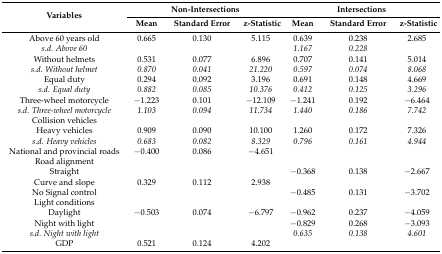
<table><thead><tr><td rowspan="2"><b>Variables</b></td><td colspan="3"><b>Non-Intersections</b></td><td colspan="3"><b>Intersections</b></td></tr><tr><td><b>Mean</b></td><td><b>Standard Error</b></td><td><b>z-Statistic</b></td><td><b>Mean</b></td><td><b>Standard Error</b></td><td><b>z-Statistic</b></td></tr></thead><tbody><tr><td>Above 60 years old</td><td>0.665</td><td>0.130</td><td>5.115</td><td>0.639</td><td>0.238</td><td>2.685</td></tr><tr><td><i>s.d. Above 60</i></td><td></td><td></td><td></td><td><i>1.167</i></td><td><i>0.228</i></td><td></td></tr><tr><td>Without helmets</td><td>0.531</td><td>0.077</td><td>6.896</td><td>0.707</td><td>0.141</td><td>5.014</td></tr><tr><td><i>s.d. Without helmet</i></td><td><i>0.870</i></td><td><i>0.041</i></td><td><i>21.220</i></td><td><i>0.597</i></td><td><i>0.074</i></td><td><i>8.068</i></td></tr><tr><td>Equal duty</td><td>0.294</td><td>0.092</td><td>3.196</td><td>0.691</td><td>0.148</td><td>4.669</td></tr><tr><td><i>s.d. Equal duty</i></td><td><i>0.882</i></td><td><i>0.085</i></td><td><i>10.376</i></td><td><i>0.412</i></td><td><i>0.125</i></td><td><i>3.296</i></td></tr><tr><td>Three-wheel motorcycle</td><td>−1.223</td><td>0.101</td><td>−12.109</td><td>−1.241</td><td>0.192</td><td>−6.464</td></tr><tr><td><i>s.d. Three-wheel motorcycle</i></td><td><i>1.103</i></td><td><i>0.094</i></td><td><i>11.734</i></td><td><i>1.440</i></td><td><i>0.186</i></td><td><i>7.742</i></td></tr><tr><td>Collision vehicles</td><td></td><td></td><td></td><td></td><td></td><td></td></tr><tr><td>Heavy vehicles</td><td>0.909</td><td>0.090</td><td>10.100</td><td>1.260</td><td>0.172</td><td>7.326</td></tr><tr><td><i>s.d. Heavy vehicles</i></td><td><i>0.683</i></td><td><i>0.082</i></td><td><i>8.329</i></td><td><i>0.796</i></td><td><i>0.161</i></td><td><i>4.944</i></td></tr><tr><td>National and provincial roads</td><td>−0.400</td><td>0.086</td><td>−4.651</td><td></td><td></td><td></td></tr><tr><td>Road alignment</td><td></td><td></td><td></td><td></td><td></td><td></td></tr><tr><td>Straight</td><td></td><td></td><td></td><td>−0.368</td><td>0.138</td><td>−2.667</td></tr><tr><td>Curve and slope</td><td>0.329</td><td>0.112</td><td>2.938</td><td></td><td></td><td></td></tr><tr><td>No Signal control</td><td></td><td></td><td></td><td>−0.485</td><td>0.131</td><td>−3.702</td></tr><tr><td>Light conditions</td><td></td><td></td><td></td><td></td><td></td><td></td></tr><tr><td>Daylight</td><td>−0.503</td><td>0.074</td><td>−6.797</td><td>−0.962</td><td>0.237</td><td>−4.059</td></tr><tr><td>Night with light</td><td></td><td></td><td></td><td>−0.829</td><td>0.268</td><td>−3.093</td></tr><tr><td><i>s.d. Night with light</i></td><td></td><td></td><td></td><td><i>0.635</i></td><td><i>0.138</i></td><td><i>4.601</i></td></tr><tr><td>GDP</td><td>0.521</td><td>0.124</td><td>4.202</td><td></td><td></td><td></td></tr></tbody></table>